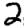
Digit: 2